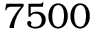
7 5 0 0